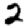
Digit: 2